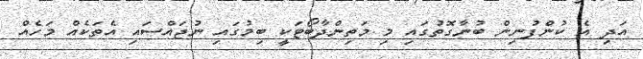
އަދި އެ ކުންފުނިން ބުނާގޮތުގައި މި މަތިންދާބޯޓަކީ ބިމުގައި ނުޖައްސައި އެތަކެއް މަހެއް